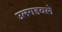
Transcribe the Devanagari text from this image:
उलगडवले